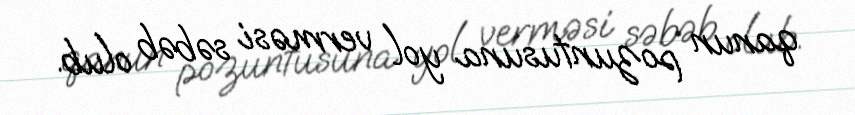
qanun pozuntusuna yol verməsi səbəb olub.